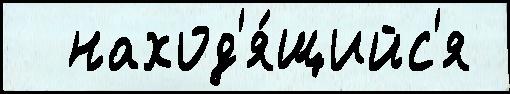
  наход'я́щийс'я